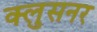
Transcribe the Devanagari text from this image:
क्लुसनर